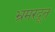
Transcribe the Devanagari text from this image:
भ्रमरदूत